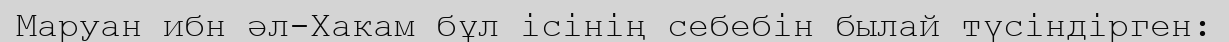
Маруан ибн әл-Хакам бұл ісінің себебін былай түсіндірген: